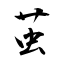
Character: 茧